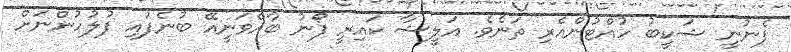
ފެނުނީ ޝަކީބު ހުއްޓުންއެރި ތަނެވެ. އަލީޝާ ކައިރީ ފޯނު ބާއްވަނީއޭ ބުނެފައި ފުލުހުންނަށް